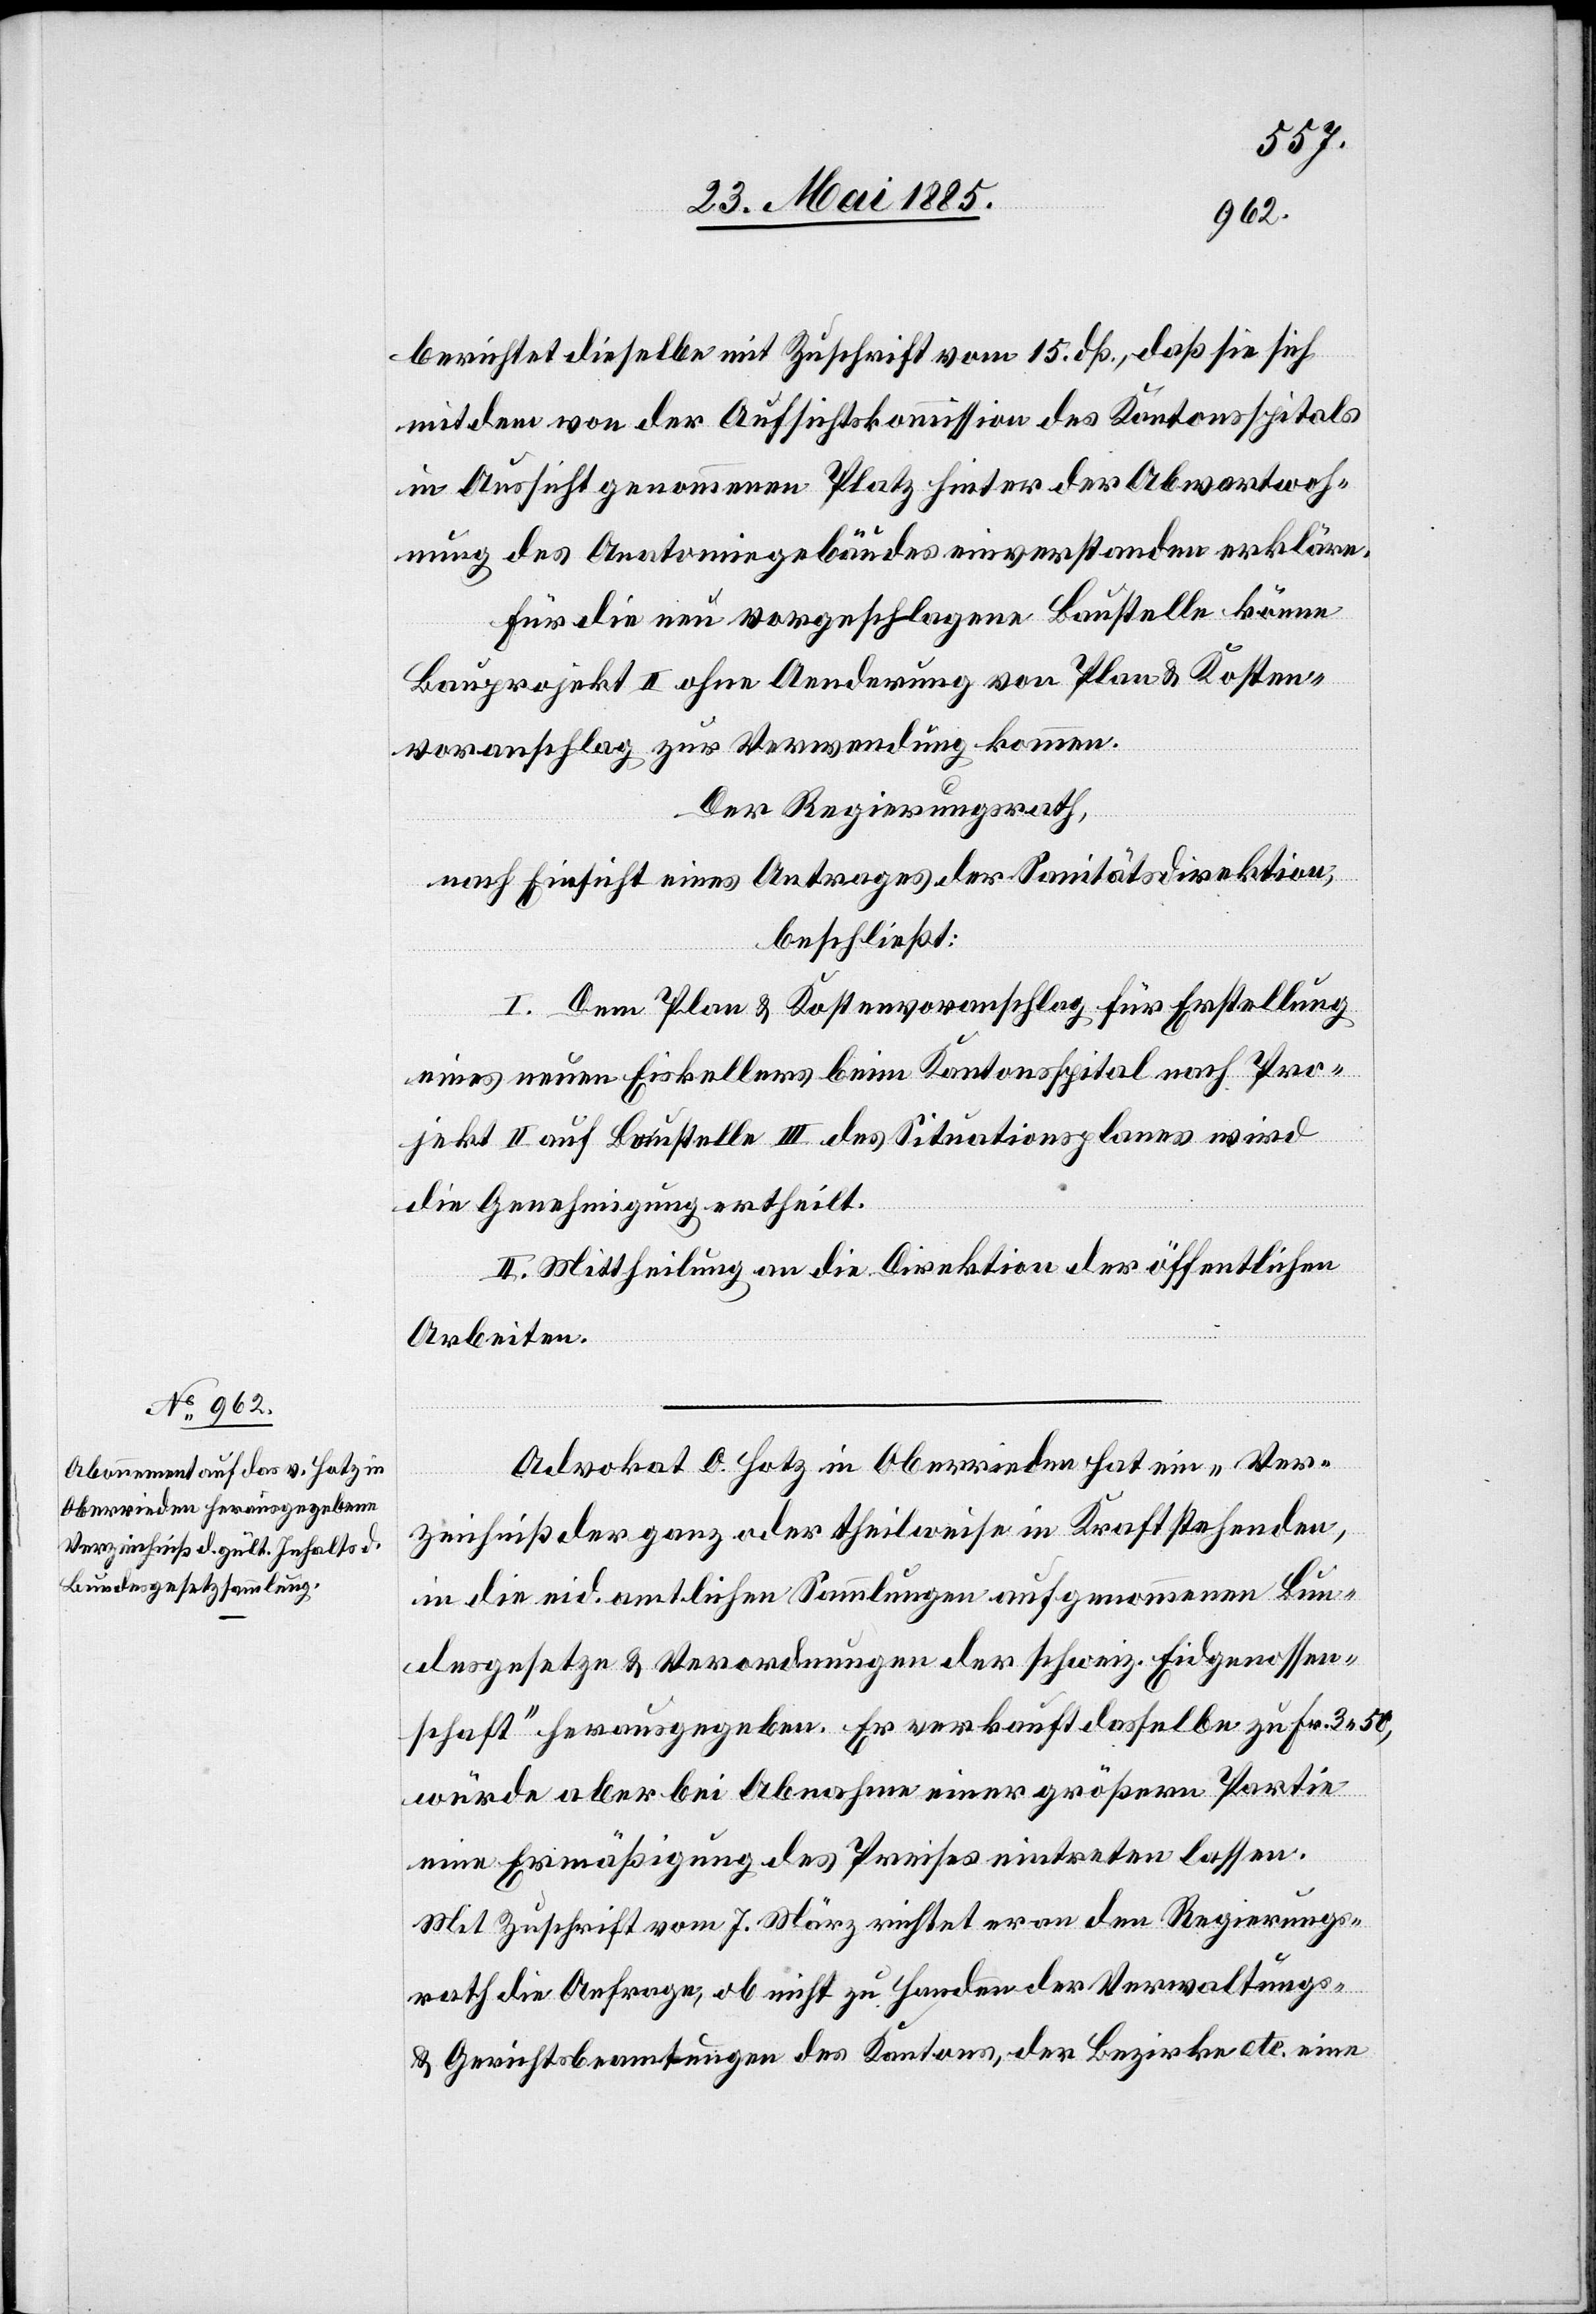
berichtet dieselbe mit Zuschrift vom 15. dß., daß sie sich
mit dem von der Aufsichtskommission des Kantonsspitals
in Aussicht genommenen Platz hinter der Abwartwoh¬
nung des Anatomiegebäudes einverstanden erklärt.
Für die neu vorgeschlagene Baustelle könne
Bauprojekt II ohne Aenderung von Plan & Kosten
veranschlagt zur Verwendung kommen.
Der Regierungsrath,
nach Einsicht eines Antrages der Sanitätsdirektion,
beschließt:
I. Dem Plan & Kostenvoranschlag für Erstellung
eines neuen Eiskellers beim Kantonsspital nach Pro¬
jekt II auf Baustelle III des Situationsplanes wird
die Genehmigung ertheilt.
II. Mittheilung an die Direktion der öffentlichen
Arbeiten.
Advokat O. Hotz in Oberrieden hat ein „Ver¬
zeichniß der ganz oder theilweise in Kraft stehenden,
in die eid. amtlichen Sammlungen aufgenommenen Bun¬
desgesetze & Verordnungen der schweiz. Eidgenossen¬
schaft“ herausgegeben. Er verkauft dasselbe zu Fr. 3 50,
würde aber bei Abnahme einer größern Partie
eine Ermäßigung des Preises eintreten lassen.
Mit Zuschrift vom 7. März richtet er an den Regierungs¬
rath die Anfrage, ob nicht zu Handen der Verwaltungs-
& Gerichtsbeamtungen des Kantons, der Bezirke etc. eine